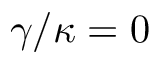
\gamma / \kappa = 0